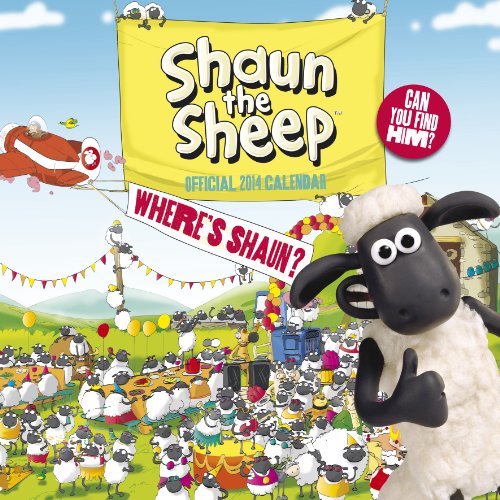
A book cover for Official Shaun the Sheep 2014 Calendar; Calendars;